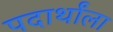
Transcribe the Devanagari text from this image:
पदार्थांला